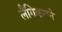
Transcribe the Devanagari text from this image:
लैंगिकतने